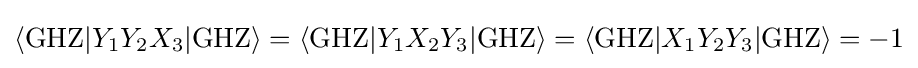
\langle \mathrm {GHZ} |Y_{1}Y_{2}X_{3}|\mathrm {GHZ} \rangle =\langle \mathrm {GHZ} |Y_{1}X_{2}Y_{3}|\mathrm {GHZ} \rangle =\langle \mathrm {GHZ} |X_{1}Y_{2}Y_{3}|\mathrm {GHZ} \rangle =-1